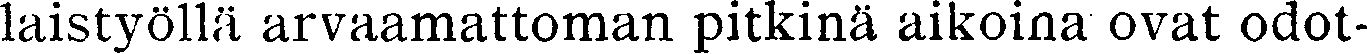
laistyöllä arvaamattoman pitkinä aikoina ovat odot-